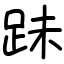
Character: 跊